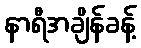
နာရီအချိန်ခန့်